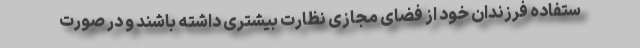
ستفاده فرزندان خود از فضای مجازی نظارت بیشتری داشته باشند و در صورت